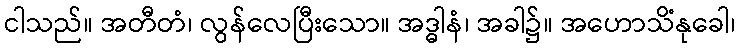
ငါသည်။ အတီတံ၊ လွန်လေပြီးသော။ အဒ္ဓါနံ၊ အခါ၌။ အဟောသိံနုခေါ၊